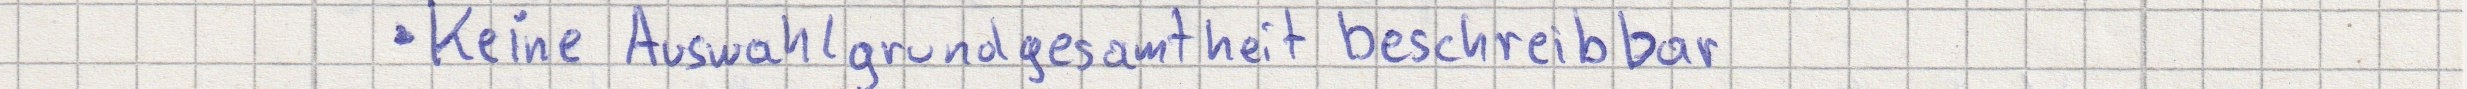
Keine Auswahlgrundgesamtheit beschreibbar